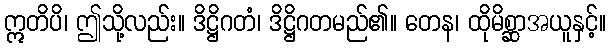
ဣတိပိ၊ ဤသို့လည်း။ ဒိဋ္ဌိဂတံ၊ ဒိဋ္ဌိဂတမည်၏။ တေန၊ ထိုမိစ္ဆာအယူနှင့်။